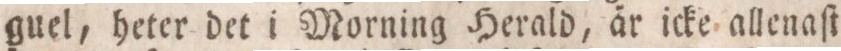
guel, heter det i Morning Herald, är icke allenaſt